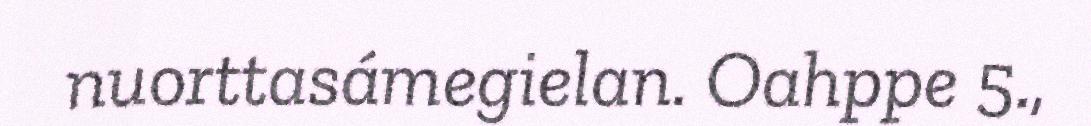
nuorttasámegielan. Oahppe 5.,